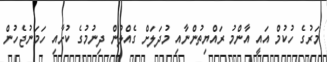
މަރުގެ ހުކުމް އައީ އާންމު ރައްޔިތުންނާއި މުދަލަށް ގެއްލުން ދިނުމުގެ ކުށާއި ހަމަނުޖެހުން